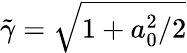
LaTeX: \tilde{\gamma}=\sqrt{1+a_{0}^{2}/2}